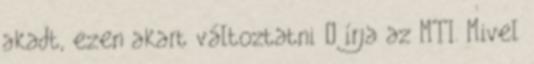
akadt, ezen akart változtatni – írja az MTI. Mivel